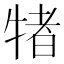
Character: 𭷭